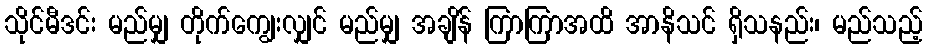
သိုင်မီဒင်း မည်မျှ တိုက်ကျွေးလျှင် မည်မျှ အချိန် ကြာကြာအထိ အာနိသင် ရှိသနည်း၊ မည်သည့်